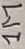
Text: 1M